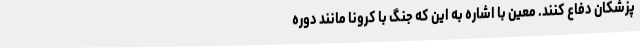
پزشکان دفاع کنند. معین با اشاره به این که جنگ با کرونا مانند دوره